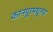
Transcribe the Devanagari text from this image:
कानपूरमधूनच